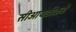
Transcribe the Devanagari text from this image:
सीआयडीकडे